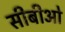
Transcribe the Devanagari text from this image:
सीबीओ